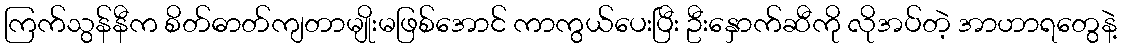
ကြက်သွန်နီက စိတ်ဓာတ်ကျတာမျိုးမဖြစ်အောင် ကာကွယ်ပေးပြီး ဦးနှောက်ဆီကို လိုအပ်တဲ့ အာဟာရတွေနဲ့